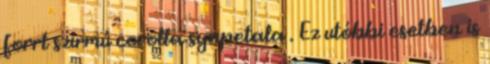
forrt szirmú corolla synpetala . Ez utóbbi esetben is